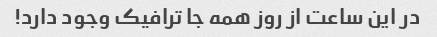
در این ساعت از روز همه جا ترافیک وجود دارد!